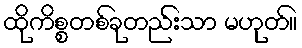
ထိုကိစ္စတစ်ခုတည်းသာ မဟုတ်။